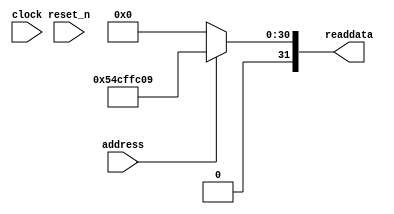
module niosII_system_sysid_qsys_0 (
               // inputs:
                address,
                clock,
                reset_n,

               // outputs:
                readdata
             )
;

  output  [ 31: 0] readdata;
  input            address;
  input            clock;
  input            reset_n;

  wire    [ 31: 0] readdata;
  //control_slave, which is an e_avalon_slave
  assign readdata = address ? 1422916617 : 0;

endmodule